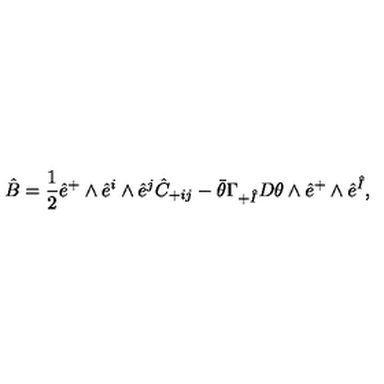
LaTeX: \hat { B } = \frac { 1 } { 2 } \hat { e } ^ { + } \wedge \hat { e } ^ { i } \wedge \hat { e } ^ { j } \hat { C } _ { + i j } - \bar { \theta } \Gamma _ { + \hat { I } } D \theta \wedge \hat { e } ^ { + } \wedge \hat { e } ^ { \hat { I } } ,